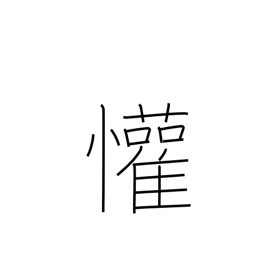
Meaning: rejoice